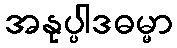
အနုပ္ပါဒဓမ္မာ